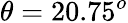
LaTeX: \theta=20.75^{o}